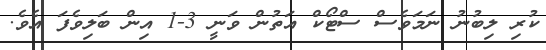
ކުރި ލިބުނު ނަމަވެސް ސްޓޯކް އަތުން ވަނީ 3-1 އިން ބަލިވެފަ އެވެ.